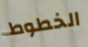
الخطوط